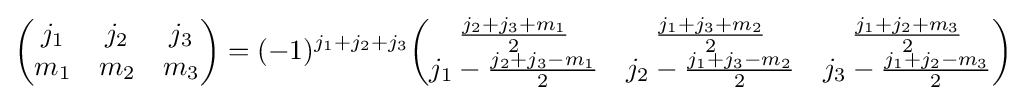
{\begin{pmatrix}j_{1}&j_{2}&j_{3}\\m_{1}&m_{2}&m_{3}\end{pmatrix}}=(-1)^{j_{1}+j_{2}+j_{3}}{\begin{pmatrix}{\frac {j_{2}+j_{3}+m_{1}}{2}}&{\frac {j_{1}+j_{3}+m_{2}}{2}}&{\frac {j_{1}+j_{2}+m_{3}}{2}}\\j_{1}-{\frac {j_{2}+j_{3}-m_{1}}{2}}&j_{2}-{\frac {j_{1}+j_{3}-m_{2}}{2}}&j_{3}-{\frac {j_{1}+j_{2}-m_{3}}{2}}\end{pmatrix}}